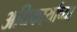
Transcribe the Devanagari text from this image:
अधिकार्याच्या